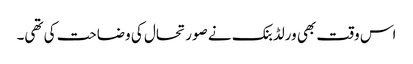
اس وقت بھی ورلڈبنک نے صورتحال کی وضاحت کی تھی۔